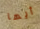
أيها